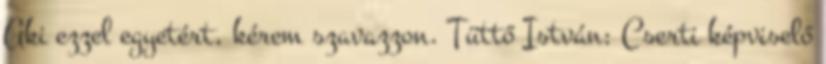
Aki ezzel egyetért, kérem szavazzon. Tüttő István: Cserti képviselő